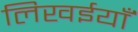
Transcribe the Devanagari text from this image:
लिखईयाँ